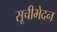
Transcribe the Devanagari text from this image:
सूचीभेदन